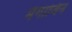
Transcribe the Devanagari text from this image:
मैगाजिन